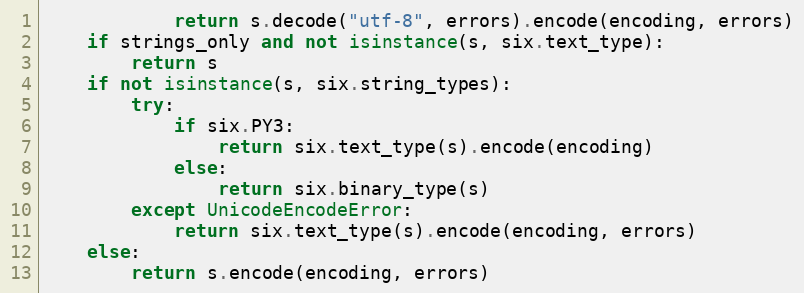
Language: Python
            return s.decode("utf-8", errors).encode(encoding, errors)
    if strings_only and not isinstance(s, six.text_type):
        return s
    if not isinstance(s, six.string_types):
        try:
            if six.PY3:
                return six.text_type(s).encode(encoding)
            else:
                return six.binary_type(s)
        except UnicodeEncodeError:
            return six.text_type(s).encode(encoding, errors)
    else:
        return s.encode(encoding, errors)